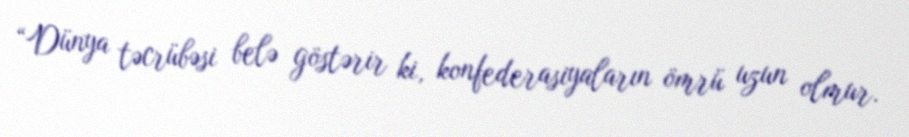
“Dünya təcrübəsi belə göstərir ki, konfederasiyaların ömrü uzun olmur.